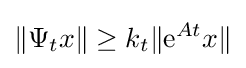
\|\Psi _{t}x\|\geq k_{t}\|{\rm {e}}^{At}x\|